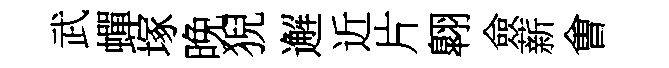
武蟬塚晚猊邂近片翺僉薪㑹